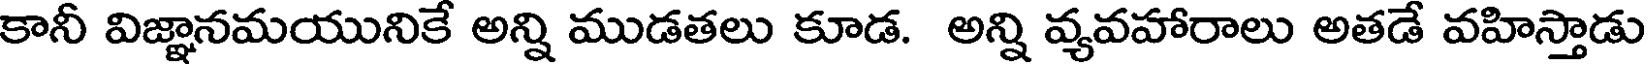
కానీ విజ్ఞానమయునికే అన్ని ముడతలు కూడ. అన్ని వ్యవహారాలు అతడే వహిస్తాడు